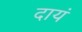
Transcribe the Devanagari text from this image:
दायं